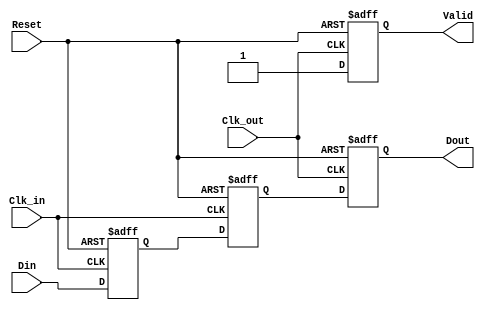
module MemoryBlocksPipelineSynchronizer #(
    parameter DATA_WIDTH = 8,  // Width of the data input/output
    parameter STAGES = 2        // Number of flip-flop stages for metastability protection
)(
    input  wire [DATA_WIDTH-1:0] Din,      // Data input
    input  wire Clk_in,                     // Clock input for source domain
    input  wire Clk_out,                    // Clock input for destination domain
    input  wire Reset,                      // Asynchronous reset
    output reg  [DATA_WIDTH-1:0] Dout,      // Synchronized data output
    output reg  Valid                       // Output valid signal (optional)
);

    // Intermediate registers for synchronization stages
    reg [DATA_WIDTH-1:0] sync_reg [0:STAGES-1];

    // Asynchronous reset and data sampling on Clk_in
    always @(posedge Clk_in or posedge Reset) begin
        if (Reset) begin
            sync_reg[0] <= {DATA_WIDTH{1'b0}}; // Reset the first stage
        end else begin
            sync_reg[0] <= Din; // Sample data on Clk_in
        end
    end

    // Synchronization stages
    genvar i;
    generate
        for (i = 1; i < STAGES; i = i + 1) begin : sync_stages
            always @(posedge Clk_in or posedge Reset) begin
                if (Reset) begin
                    sync_reg[i] <= {DATA_WIDTH{1'b0}}; // Reset subsequent stages
                end else begin
                    sync_reg[i] <= sync_reg[i-1]; // Pass data to the next stage
                end
            end
        end
    endgenerate

    // Final output sampling on Clk_out
    always @(posedge Clk_out or posedge Reset) begin
        if (Reset) begin
            Dout <= {DATA_WIDTH{1'b0}}; // Reset output
            Valid <= 1'b0;              // Reset valid signal
        end else begin
            Dout <= sync_reg[STAGES-1]; // Capture the last stage output
            Valid <= 1'b1;               // Indicate output is valid
        end
    end

endmodule